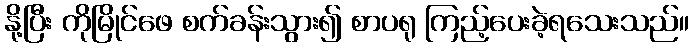
နို့ပြီး ကိုမြိုင်ဖေ စက်ခန်းသွား၍ စာပရု ကြည့်ပေးခဲ့ရသေးသည်။